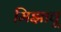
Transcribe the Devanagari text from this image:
मिझावू